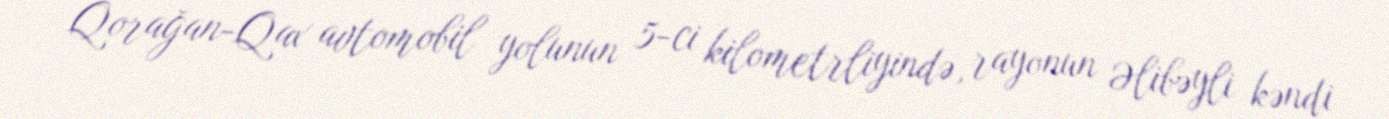
Qorağan-Qax avtomobil yolunun 5-ci kilometrliyində, rayonun Əlibəyli kəndi